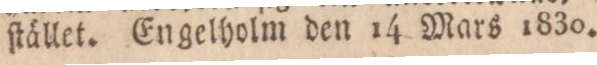
ſtället. Engelholm den 14 Mars 1830.